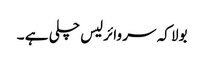
بولا کہ سر وائرلیس چلی ہے ۔